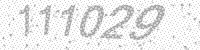
Solution: 111029